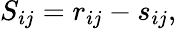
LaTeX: S_{ij}=r_{ij}-s_{ij},